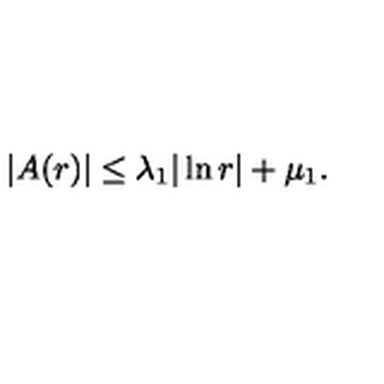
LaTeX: | A ( r ) | \le \lambda _ { 1 } | \ln r | + \mu _ { 1 } .